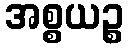
အစ္စယဉ္စ